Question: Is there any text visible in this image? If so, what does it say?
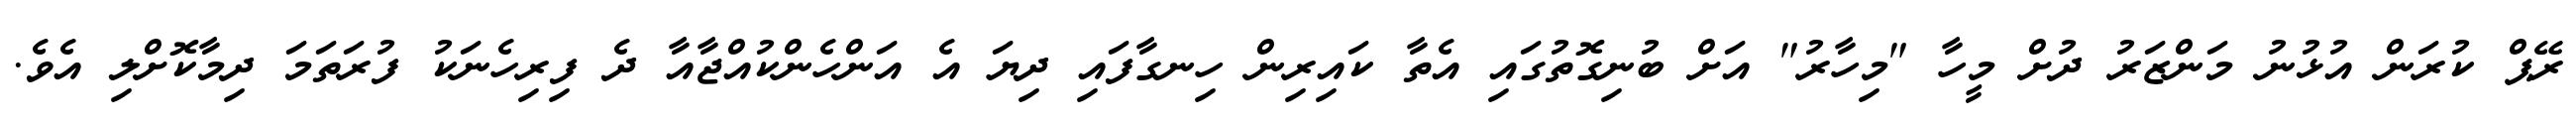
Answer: ރޭޕް ކުރަން އުޅުނު މަންޒަރު ދުށް މީހާ "މިހާރު" އަށް ބުނިގޮތުގައި އެތާ ކައިރިން ހިނގާފައި ދިޔަ އެ އަންހެންކުއްޖާއާ ދެ ފިރިހެނަކު ފުރަތަމަ ދިމާކޮށްލި އެވެ.